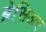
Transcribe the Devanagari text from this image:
ब्रेसिअर